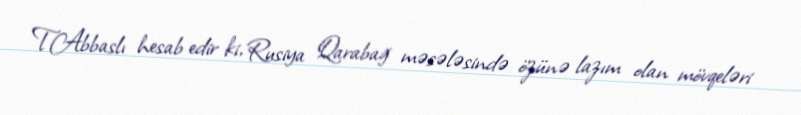
T.Abbaslı hesab edir ki, Rusiya Qarabağ məsələsində özünə lazım olan mövqeləri